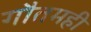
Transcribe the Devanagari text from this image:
गौतमही